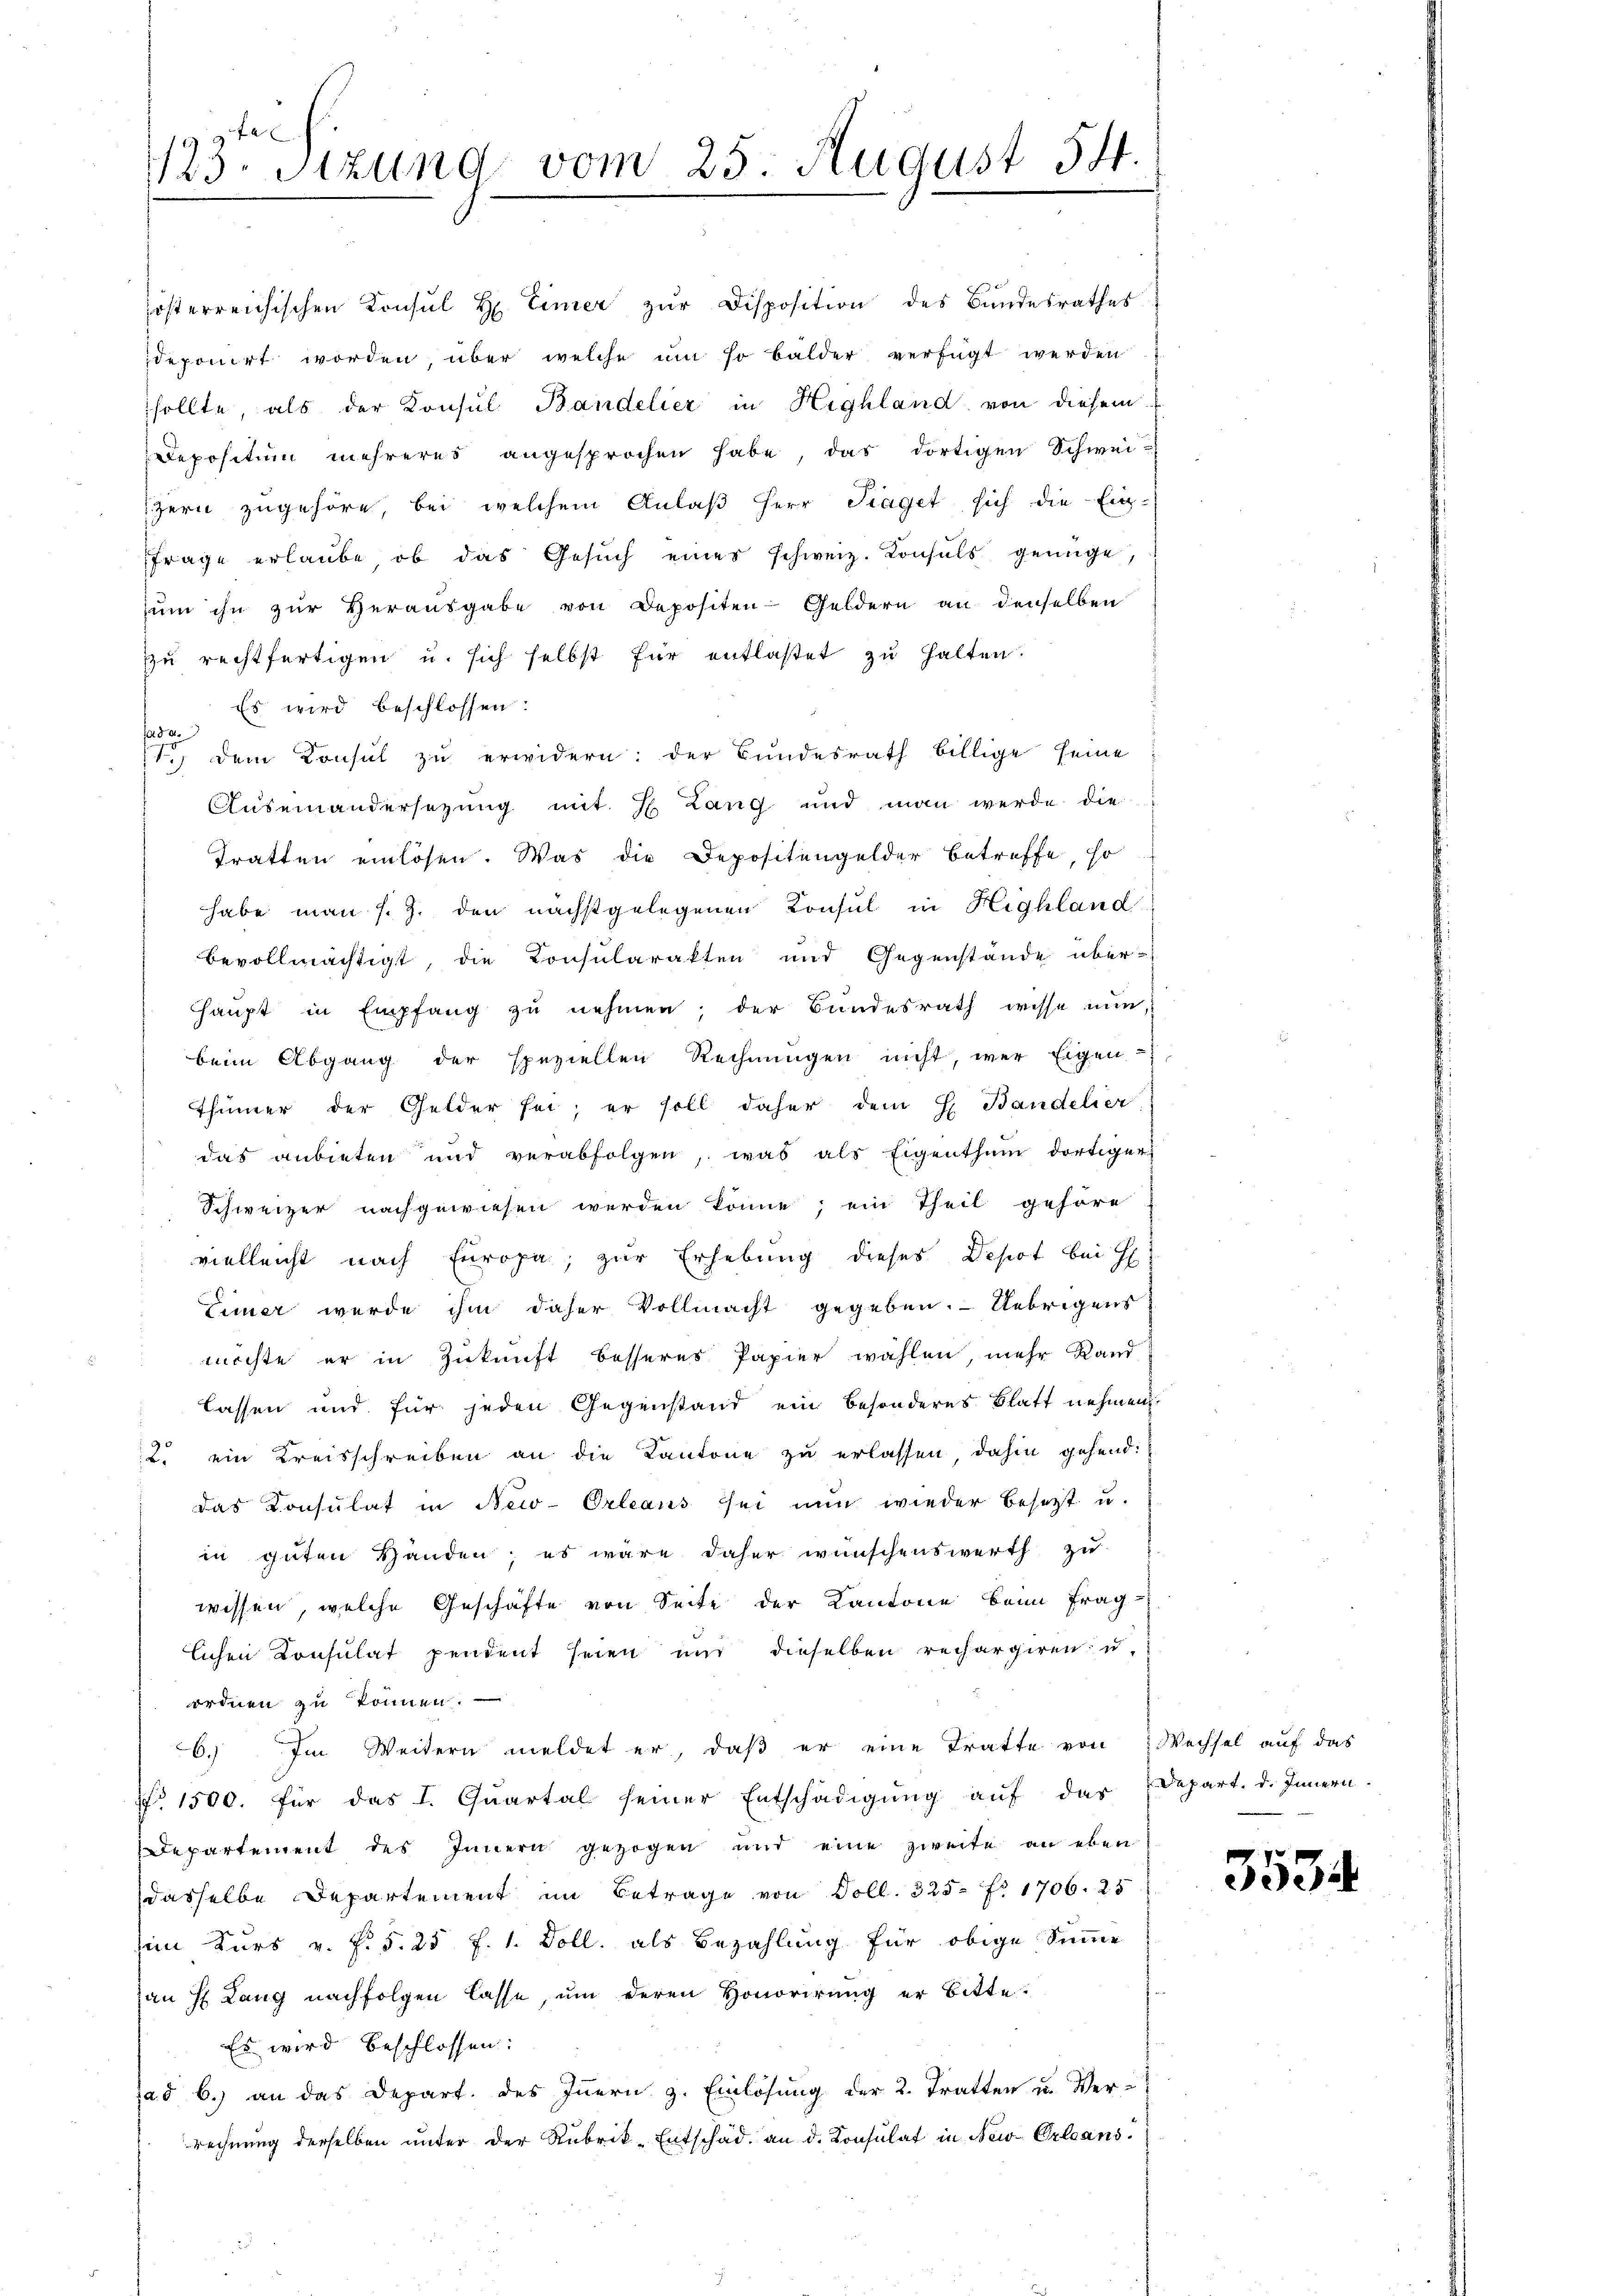
123. Stzung vom 25. August 54.

posterreichischen Konsul H. Einer zur Disposition des Bundesrathes
deponirt worden über welche ŭm so balder verfügt werden.
sollte, als der Konsul Bandelier in Highland von diesem
Depositum mehreres angesprochen habe, das dortigen Schwei-
zern zugehöre, bei welchem Anlaß Herr Traget sich die Ein-
Frage erlaube, ob das Gesuch eines schweiz. Konsuls genüge,
zŭm ihn zŭr Herausgabe von Depositen-Geldern an denselben
zu rechtfertigen u. sich selbst für entlastet zu halten.
Es wird beschlossen:
fade
1.) Dem Consul zu erwidern: der Bundesrath billige seine
Auseinandersetzung mit H. Lang und man werde die
Tratten einlösen. Was die Depositengelder betreffe, so
habe man s. Z. den nächstgelegenen Konsul in Highland
bevollmächtigt, die Consularakten und Gegenstände über-
Haupt in Empfang zu nehmen; der Bundesrath wisse nun,
beim Abgang der speziellen Rechnungen nicht, wer Eigen-
Thümer der Gelder sei; er soll daher dem H. Bandelier
das anbieten und verabfolgen, was als Eigenthum dortiger
Schweizer nachgewiesen werden könne; ein Theil gehöre
vielleicht nach Europa, zur Erhebung dieses Depot bei H
Eimer werde ihm daher Vollmacht gegeben. Uebrigens
möchte er in Zukunft besseres Papier wählen, mehr Rand
lassen und für jeden Gegenstand ein besonderes Blatt nehmen
2. ein Kreisschreiben an die Kantone zu erlassen dahin gehend:
das Konsulat in New-Orleans sei nun wieder besezt u.
in guten Handen; es wäre daher wünschenswerth zu
wissen, welche Geschäfte von Seite der Kantone beim Frag-
lichen Consulat pendent seien und dieselben rechargiren u.
ordnen zu können. —
6. Im Weitern meldet er, daß er eine Tratte von Wechsel auf das
N. 1500. für das I. Quartal seiner Entschädigŭng aŭf das Depart. d. Innern.
Departement des Innern gezogen und eine zweite an eben
dasselbe Departement im Betrage von Doll. 325 Fr. 1706. 25
in Kurs v. P. 5. 25 f. 1. Doll. als Bezahlung für obige Summe
an H. Lang nachfolgen lasse, ŭm deren Honorirung er bitte
Es wird beschlossen:
ad b.) an das Depart. des Innern z. Einlösung der 2. Tratten u. Ver-
rechnung derselben unter der Rubrik-Entschäd. an d. Konsulat in New-Orleans

3534